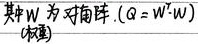
其中 \(W\) 为对角阵，\((Q = W^{T} \cdot W)\)（权重）